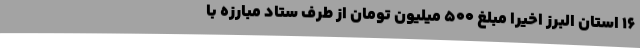
16 استان البرز اخیراً مبلغ 500 میلیون تومان از طرف ستاد مبارزه با